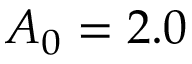
A _ { 0 } = 2 . 0